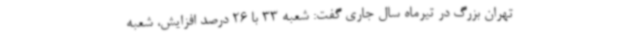
تهران بزرگ در تیرماه سال جاری گفت: شعبه 33 با 26 درصد افزایش، شعبه